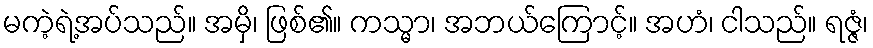
မကဲ့ရဲ့အပ်သည်။ အမှိ၊ ဖြစ်၏။ ကသ္မာ၊ အဘယ်ကြောင့်။ အဟံ၊ ငါသည်။ ရဇ္ဇံ၊